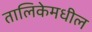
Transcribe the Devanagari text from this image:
तालिकेमधील